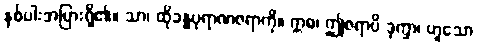
နှစ်ပါးအပြားရှိ၏။ သာ၊ ထိုခန္ဓပုရာဏဇရာကို။ ဣဓ၊ ဤဇရာပိ ဒုက္ခာ၊ ဟူသော